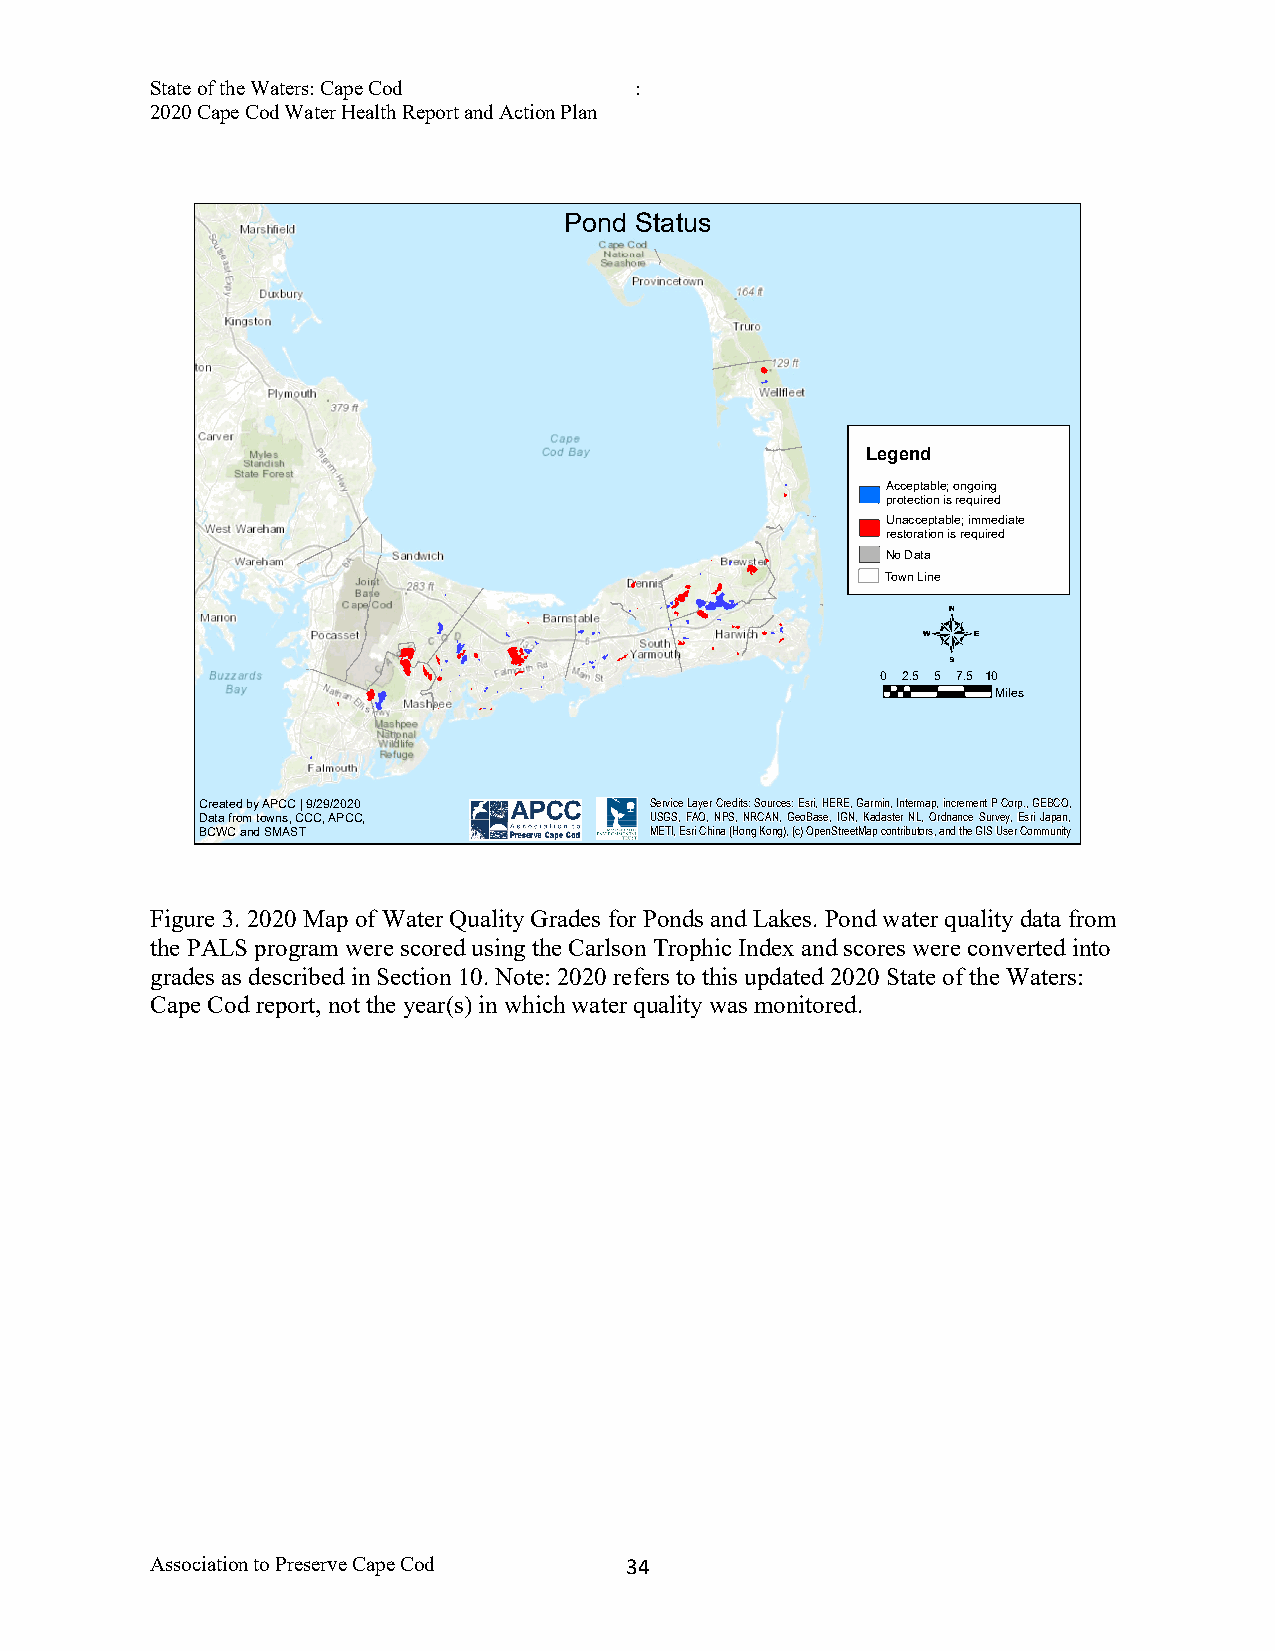
State of the Waters: Cape Cod   :
 2020 Cape Cod Water Health Report and Action Plan
 Pond Status
 Legend
 ×Acceptable; ongoing
 protection is required
 × Unacceptable; immediate
 restoration is required
 ×
 No Data
 Town Line
 4
 0 2.5 5 7.5 10
 Miles
 Created by APCC | 9/29/2020   Service Layer Credits: Sources: Esri, HERE, Garmin, Intermap, increment P Corp., GEBCO,
 Data from towns, CCC, APCC,   USGS, FAO, NPS, NRCAN, GeoBase, IGN, Kadaster NL, Ordnance Survey, Esri Japan,
 BCWC and SMAST                METI, Esri China (Hong Kong), (c) OpenStreetMap contributors, and the GIS User Community
 Figure 3. 2020 Map of Water Quality Grades for Ponds and Lakes. Pond water quality data from
 the PALS program were scored using the Carlson Trophic Index and scores were converted into
 grades as described in Section 10. Note: 2020 refers to this updated 2020 State of the Waters:
 Cape Cod report, not the year(s) in which water quality was monitored.
 Association to Preserve Cape Cod 3 4